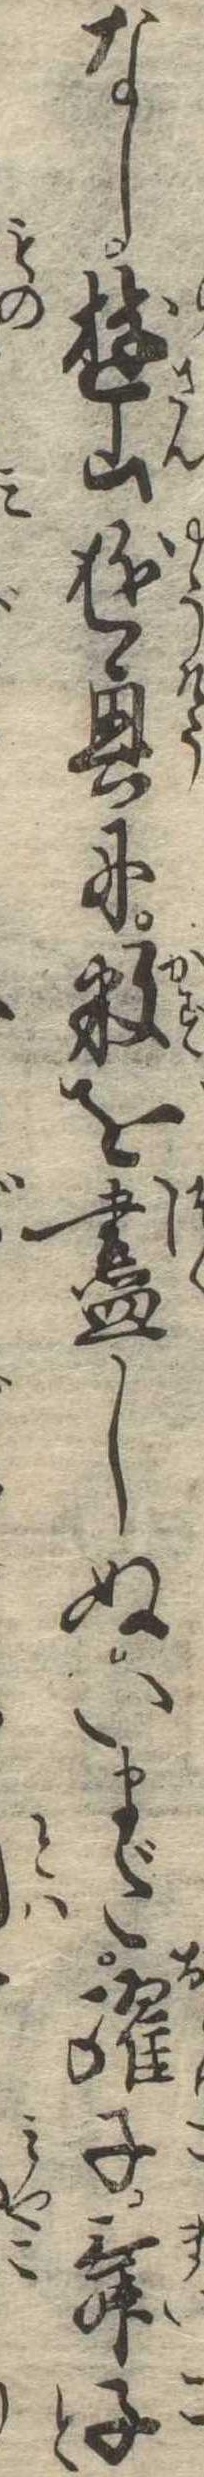
なし遊山遊興に数を尽しぬいまだ躍子舞子と